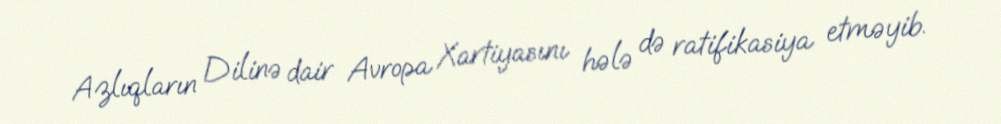
Azlıqların Dilinə dair Avropa Xartiyasını hələ də ratifikasiya etməyib.